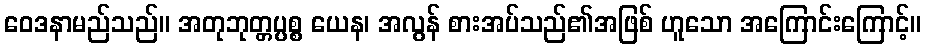
ဝေဒနာမည်သည်။ အတုဘုတ္တပ္ပစ္စ ယေန၊ အလွန် စားအပ်သည်၏အဖြစ် ဟူသော အကြောင်းကြောင့်။